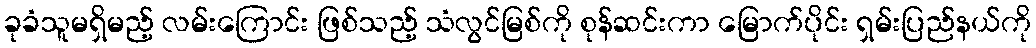
ခုခံသူမရှိမည့် လမ်းကြောင်း ဖြစ်သည့် သံလွင်မြစ်ကို စုန်ဆင်းကာ မြောက်ပိုင်း ရှမ်းပြည်နယ်ကို